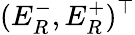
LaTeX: (E_{R}^{-},E_{R}^{+})^{\top}